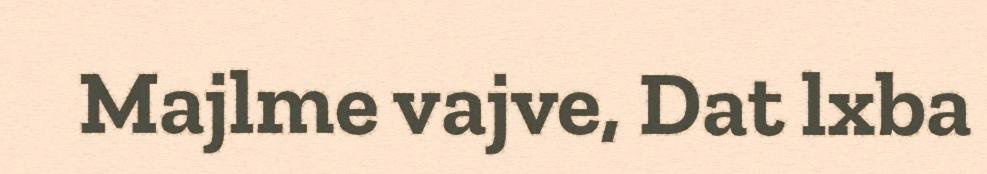
Majlme vajve, Dat lxba